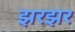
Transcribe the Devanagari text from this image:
झरझर